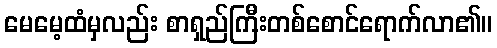
မေမေ့ထံမှလည်း စာရှည်ကြီးတစ်စောင်ရောက်လာ၏။